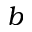
b